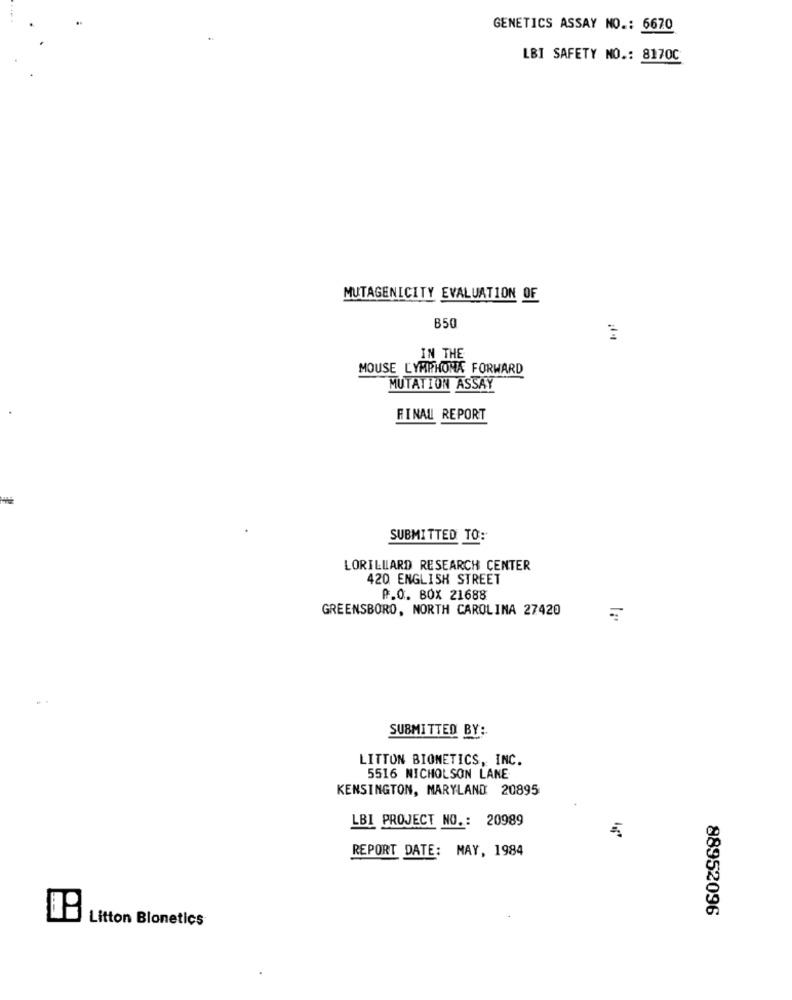
GENETICS ASSAY NO .: 6670
LBI SAFETY NO .: 8170C
MUTAGENICITY EVALUATION OF
B50
IN THE
MOUSE LYMPHOMA FORWARD
MUTATION ASSAY
FINAL REPORT
SUBMITTED TO:
LORILLARD RESEARCH CENTER
420 ENGLISH STREET
P.O. BOX 21688
GREENSBORO, NORTH CAROLINA 27420
SUBMITTED BY:
LITTON BIONETICS, INC.
5516 NICHOLSON LANE
KENSINGTON, MARYLAND 20895
LBI PROJECT NO .: 20989
REPORT DATE: MAY, 1984
88952096
Litton Bionetics